65_HS1-834228961_62-HQ-83894_SUB_A
Agency: FBI
Page 117
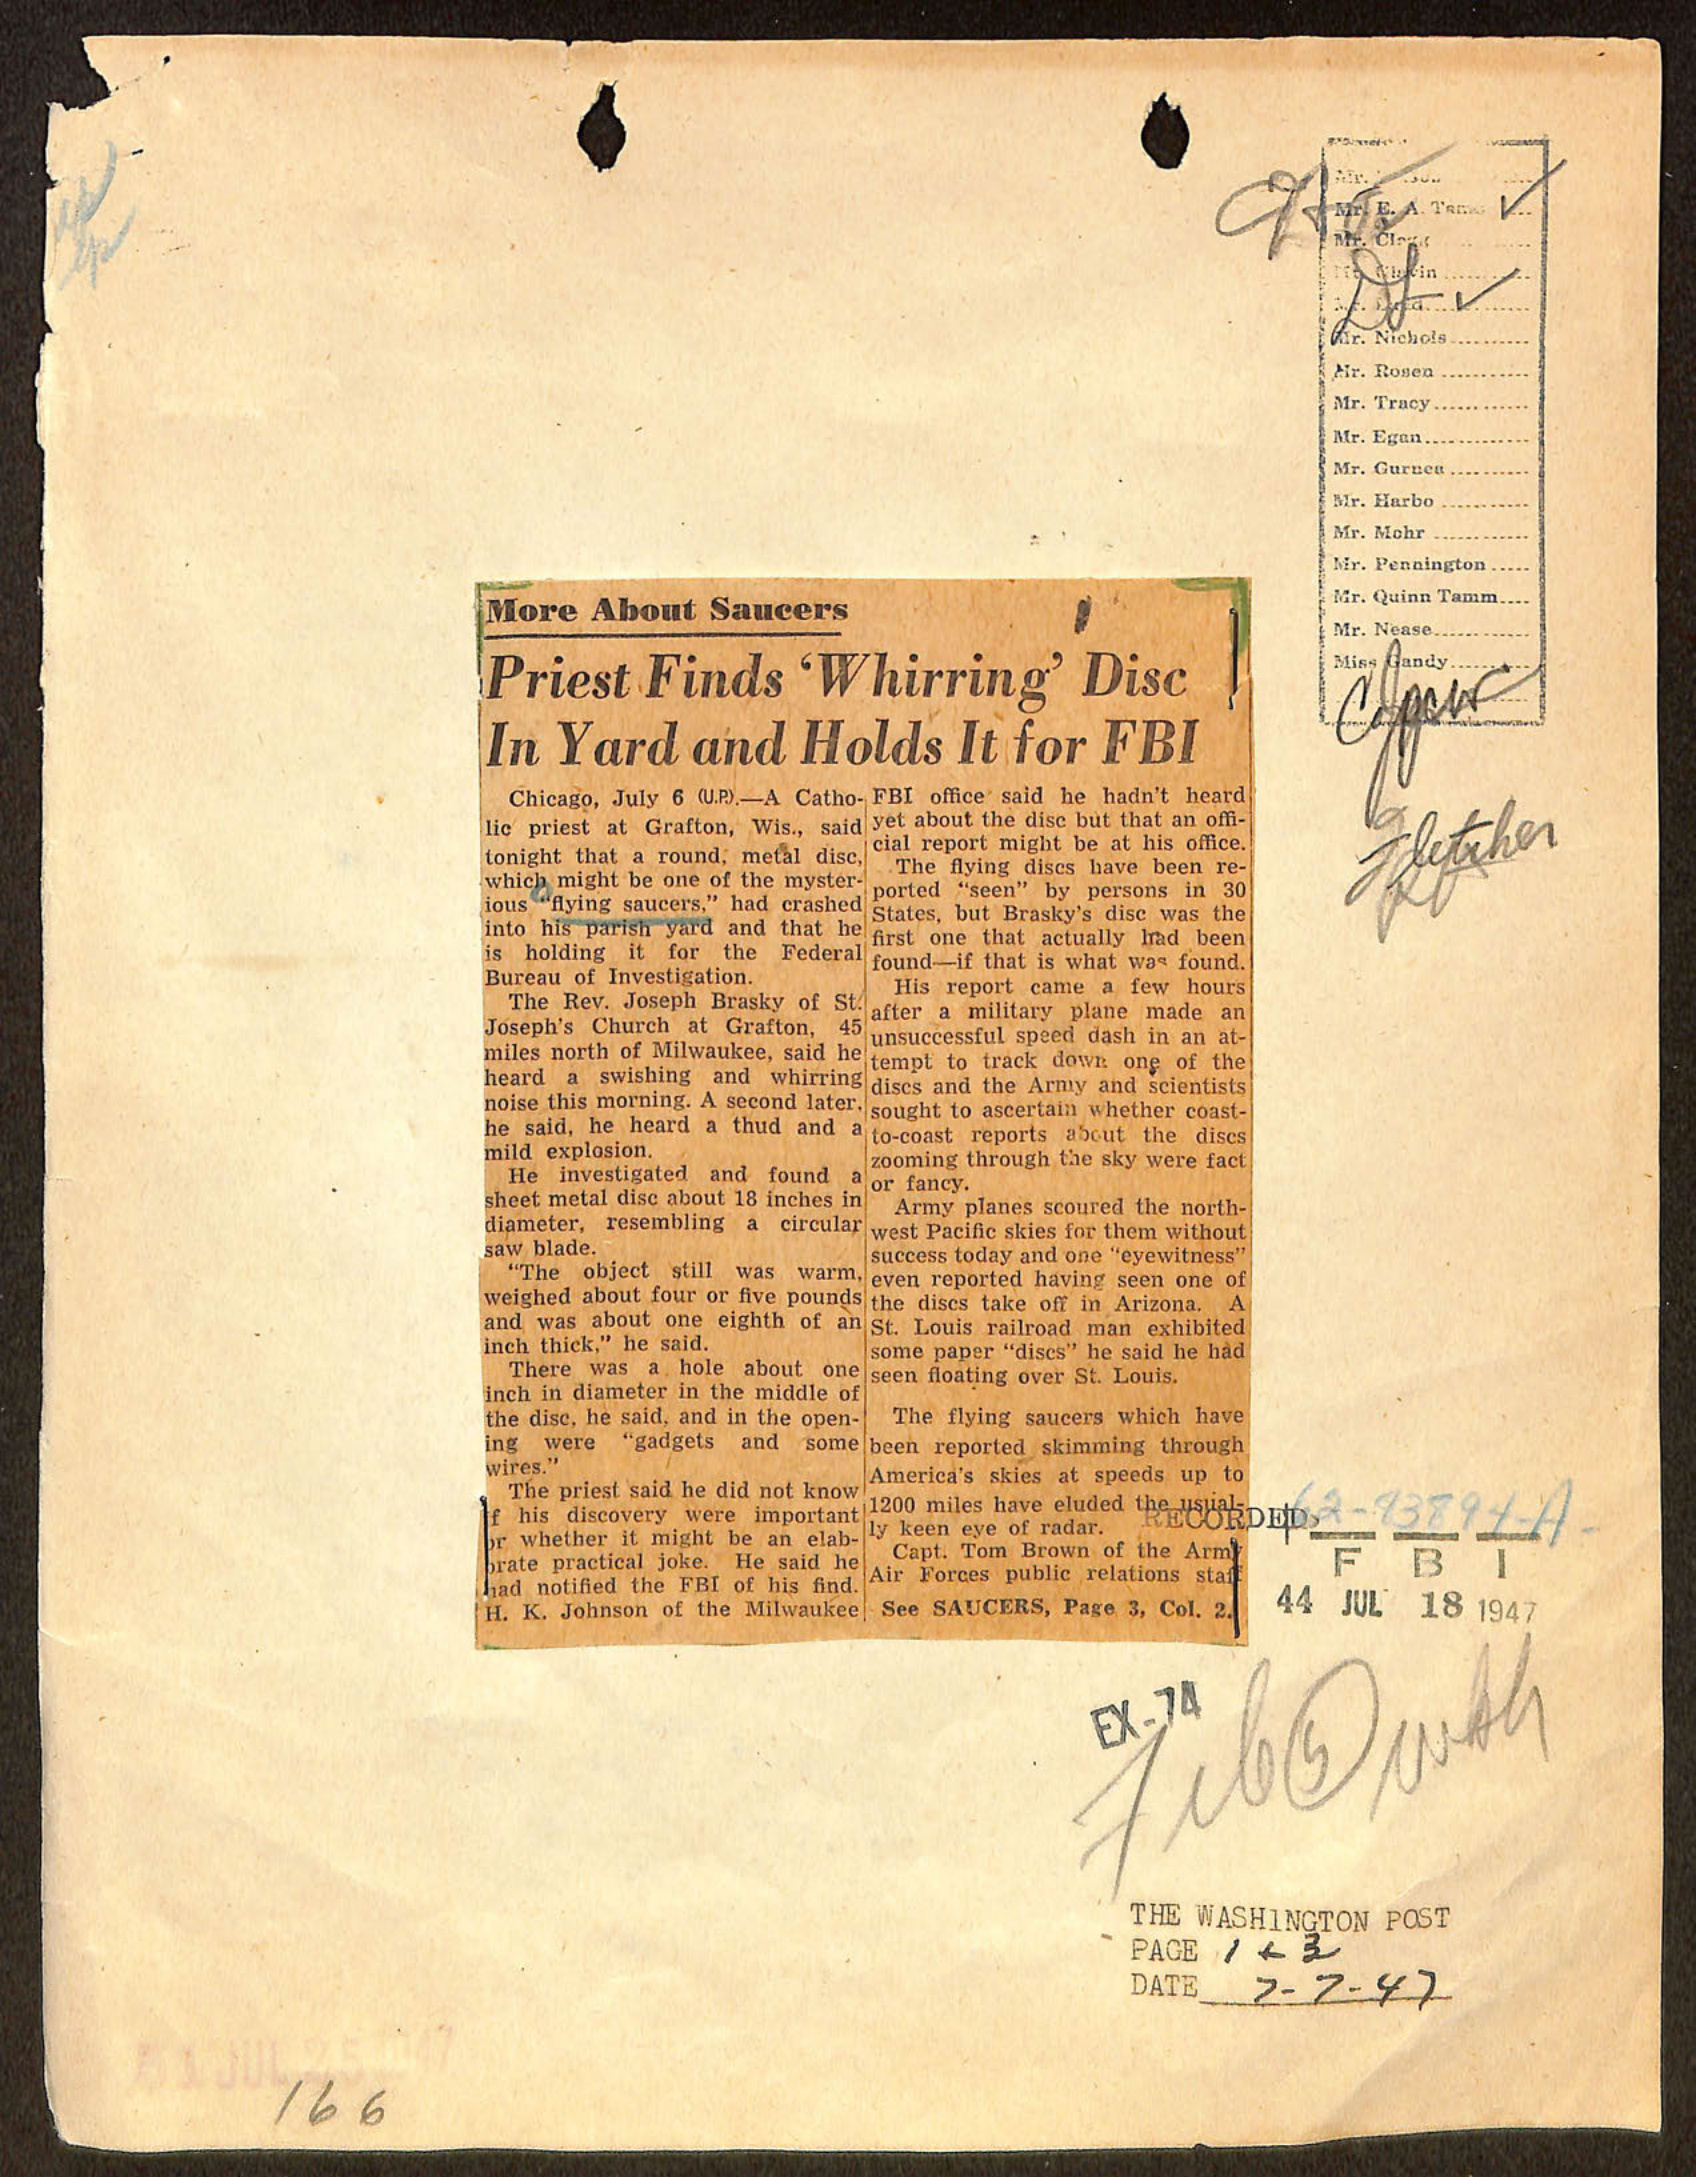